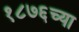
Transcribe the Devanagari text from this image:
१८७६च्या